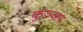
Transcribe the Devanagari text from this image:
कुञ्ञन